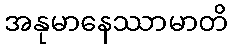
အနုမာနေဿာမာတိ